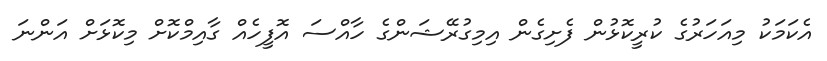
އެކަމަކު މިއަހަރުގެ ކުރީކޮޅުން ފެށިގެން އިމިގުރޭޝަންގެ ހާއްސަ އޮފީހެއް ގާއިމްކޮށް މިކޮޅަށް އަންނަ